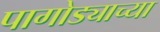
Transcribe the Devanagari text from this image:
पागोड्याच्या